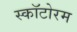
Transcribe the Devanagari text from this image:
स्कॉटोरम